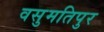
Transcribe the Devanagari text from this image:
वसुमतिपुर